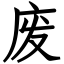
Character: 废